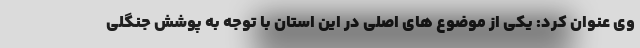
وی عنوان کرد: یکی از موضوع های اصلی در این استان با توجه به پوشش جنگلی